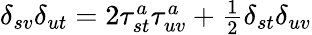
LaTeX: \begin{array}{r}{\delta_{sv}\delta_{ut}=2\tau_{st}^{a}\tau_{uv}^{a}+\frac{1}{2}\delta_{st}\delta_{uv}}\end{array}